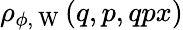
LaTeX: \rho_{\phi,\mathrm{~W~}}(q,p,qpx)